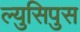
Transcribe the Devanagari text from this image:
ल्युसिपुस